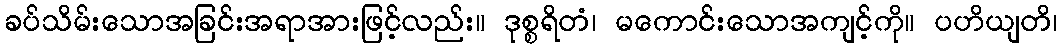
ခပ်သိမ်းသောအခြင်းအရာအားဖြင့်လည်း။ ဒုစ္စရိတံ၊ မကောင်းသောအကျင့်ကို။ ပဟိယျတိ၊